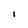
Character: i